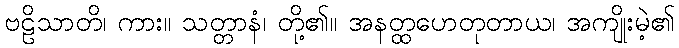
ဗဠိသာတိ၊ ကား။ သတ္တာနံ၊ တို့၏။ အနတ္ထဟေတုတာယ၊ အကျိုးမဲ့၏